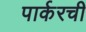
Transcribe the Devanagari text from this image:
पार्करची